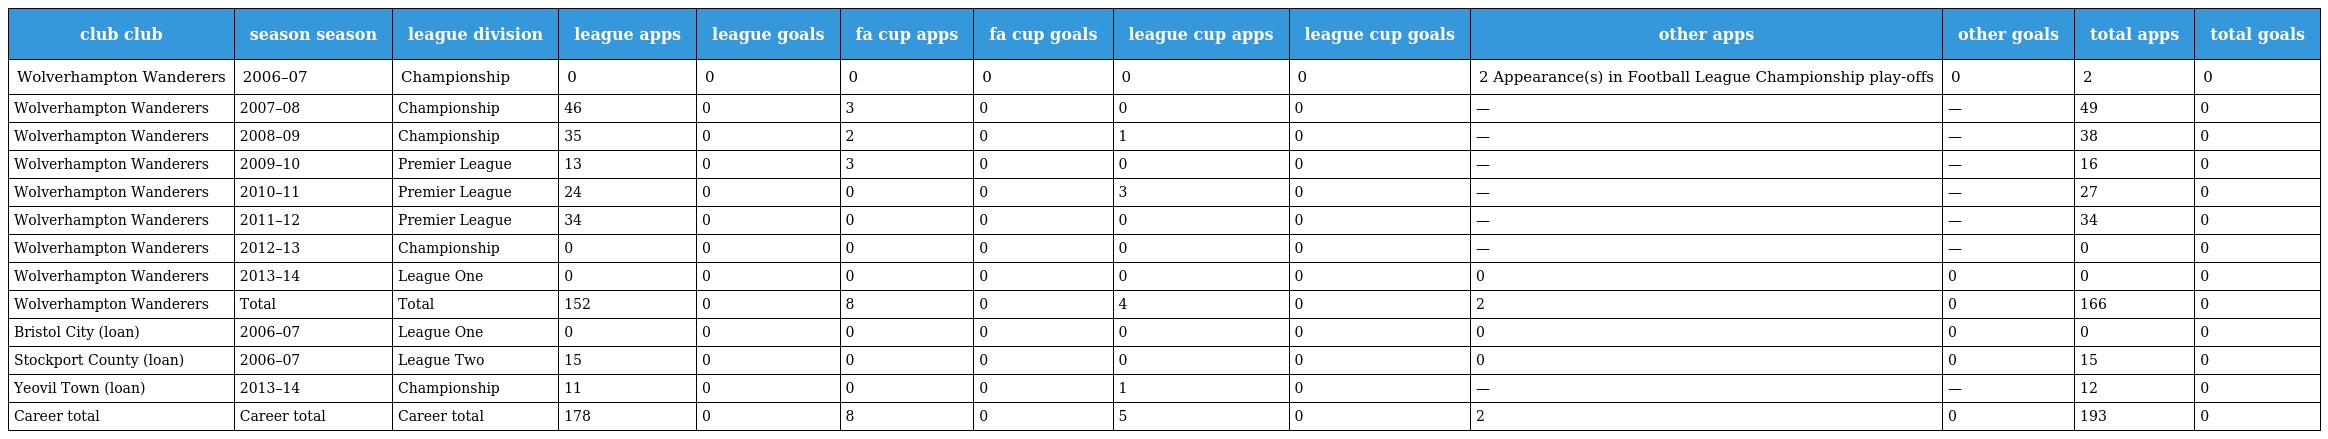
| club club | season season | league division | league apps | league goals | fa cup apps | fa cup goals | league cup apps | league cup goals | other apps | other goals | total apps | total goals |
 | --- | --- | --- | --- | --- | --- | --- | --- | --- | --- | --- | --- | --- |
 | Wolverhampton Wanderers | 2006–07 | Championship | 0 | 0 | 0 | 0 | 0 | 0 | 2 Appearance(s) in Football League Championship play-offs | 0 | 2 | 0 |
 | Wolverhampton Wanderers | 2007–08 | Championship | 46 | 0 | 3 | 0 | 0 | 0 | — | — | 49 | 0 |
 | Wolverhampton Wanderers | 2008–09 | Championship | 35 | 0 | 2 | 0 | 1 | 0 | — | — | 38 | 0 |
 | Wolverhampton Wanderers | 2009–10 | Premier League | 13 | 0 | 3 | 0 | 0 | 0 | — | — | 16 | 0 |
 | Wolverhampton Wanderers | 2010–11 | Premier League | 24 | 0 | 0 | 0 | 3 | 0 | — | — | 27 | 0 |
 | Wolverhampton Wanderers | 2011–12 | Premier League | 34 | 0 | 0 | 0 | 0 | 0 | — | — | 34 | 0 |
 | Wolverhampton Wanderers | 2012–13 | Championship | 0 | 0 | 0 | 0 | 0 | 0 | — | — | 0 | 0 |
 | Wolverhampton Wanderers | 2013–14 | League One | 0 | 0 | 0 | 0 | 0 | 0 | 0 | 0 | 0 | 0 |
 | Wolverhampton Wanderers | Total | Total | 152 | 0 | 8 | 0 | 4 | 0 | 2 | 0 | 166 | 0 |
 | Bristol City (loan) | 2006–07 | League One | 0 | 0 | 0 | 0 | 0 | 0 | 0 | 0 | 0 | 0 |
 | Stockport County (loan) | 2006–07 | League Two | 15 | 0 | 0 | 0 | 0 | 0 | 0 | 0 | 15 | 0 |
 | Yeovil Town (loan) | 2013–14 | Championship | 11 | 0 | 0 | 0 | 1 | 0 | — | — | 12 | 0 |
 | Career total | Career total | Career total | 178 | 0 | 8 | 0 | 5 | 0 | 2 | 0 | 193 | 0 |